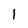
Character: l